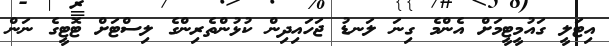
އިޓަލީ ގައުމީޓީމަށް އެންމެ ގިނަ ލަނޑު ޖަހައިދިން ކުޅުންތެރިންގެ ލިސްޓަށް ޓޮޓީގެ ނަން